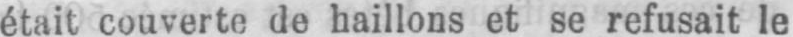
était couverte de haillons et se refusait le